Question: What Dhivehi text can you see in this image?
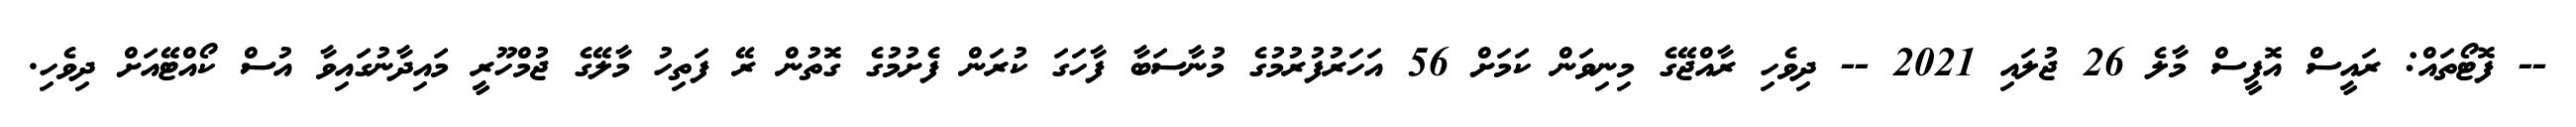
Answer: -- ފޮޓޯތައް: ރައީސް އޮފީސް މާލެ 26 ޖުލައި 2021 -- ދިވެހި ރާއްޖޭގެ މިނިވަން ކަމަށް 56 އަހަރުފުރުމުގެ މުނާސަބާ ފާހަގަ ކުރަން ފެށުމުގެ ގޮތުން ރޭ ފަތިހު މާލޭގެ ޖުމްހޫރީ މައިދާނުގައިވާ އުސް ކޯއްޓޭއަށް ދިވެހި.